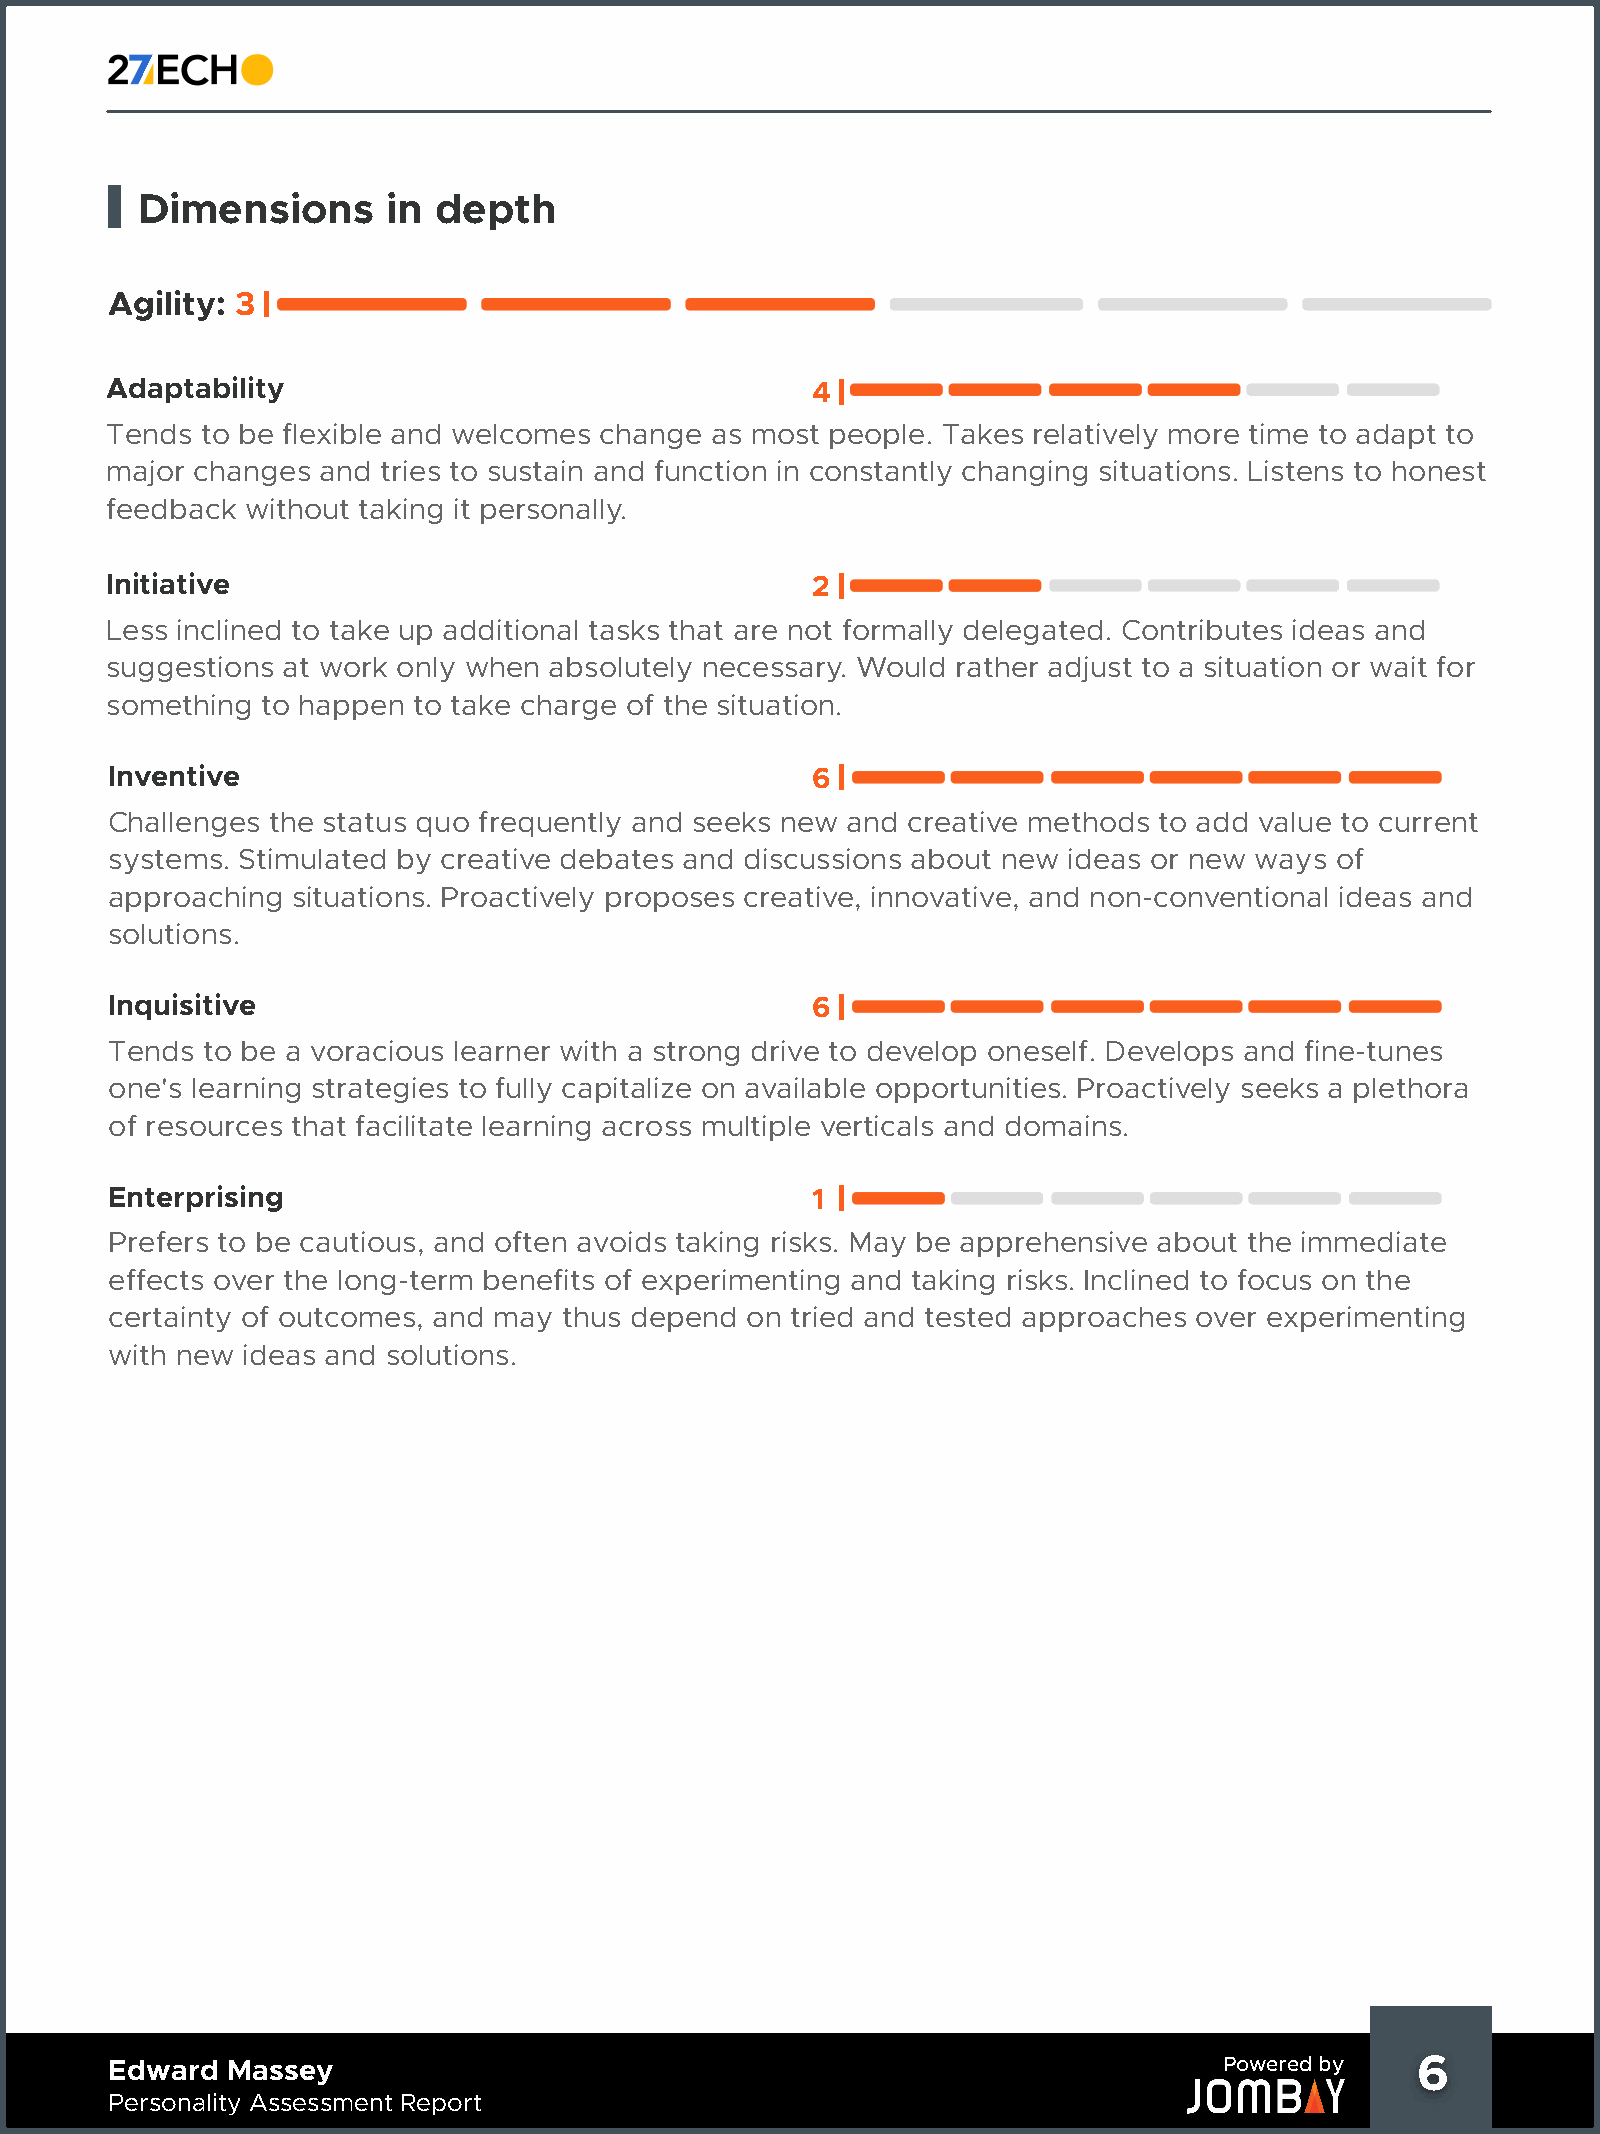
Dimensions       in depth
 Agility: 3
 Adaptability                                   4
 Tends to be flexible and welcomes change as most people. Takes relatively more time to adapt to
 major changes and tries to sustain and function in constantly changing situations. Listens to honest
 feedback without taking it personally.
 Initiative                                     2
 Less inclined to take up additional tasks that are not formally delegated. Contributes ideas and
 suggestions at work only when absolutely necessary. Would rather adjust to a situation or wait for
 something to happen to take charge of the situation.
 Inventive                                      6
 Challenges the status quo frequently and seeks new and creative methods to add value to current
 systems. Stimulated by creative debates and discussions about new ideas or new ways of
 approaching situations. Proactively proposes creative, innovative, and non-conventional ideas and
 solutions.
 Inquisitive                                    6
 Tends to be a voracious learner with a strong drive to develop oneself. Develops and fine-tunes
 one's learning strategies to fully capitalize on available opportunities. Proactively seeks a plethora
 of resources that facilitate learning across multiple verticals and domains.
 Enterprising                                   1
 Prefers to be cautious, and often avoids taking risks. May be apprehensive about the immediate
 effects over the long-term benefits of experimenting and taking risks. Inclined to focus on the
 certainty of outcomes, and may thus depend on tried and tested approaches over experimenting
 with new ideas and solutions.
 Edward  Massey                                                            Powered by   6     6
 Personality Assessment Report